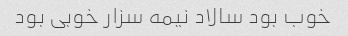
خوب بود سالاد نیمه سزار خوبی بود